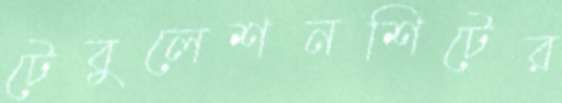
টেবুলেশনশিটের